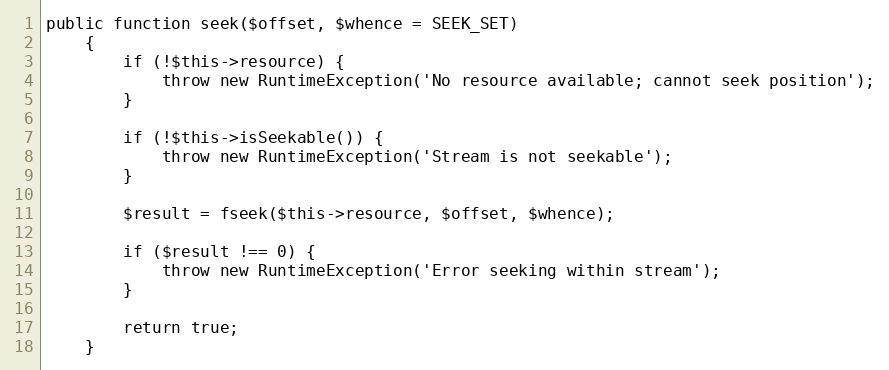
Language: PHP
public function seek($offset, $whence = SEEK_SET)
    {
        if (!$this->resource) {
            throw new RuntimeException('No resource available; cannot seek position');
        }

        if (!$this->isSeekable()) {
            throw new RuntimeException('Stream is not seekable');
        }

        $result = fseek($this->resource, $offset, $whence);

        if ($result !== 0) {
            throw new RuntimeException('Error seeking within stream');
        }

        return true;
    }